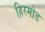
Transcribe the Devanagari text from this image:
हिरमोड